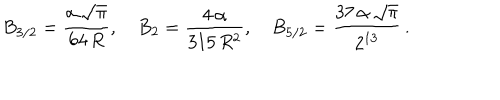
LaTeX: B _ { 3 / 2 } = \frac { \alpha \, \sqrt \pi } { 6 4 \, R } , \quad B _ { 2 } = \frac { 4 \, \alpha } { 3 1 5 \, R ^ { 2 } } , \quad B _ { 5 / 2 } = \frac { 3 7 \, \alpha \, \sqrt \pi } { 2 ^ { 1 3 } } \, { . }